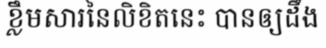
ខ្លឹមសារនៃលិខិតនេះ បានឲ្យដឹង